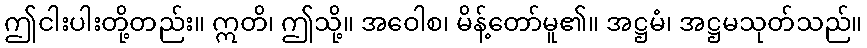
ဤငါးပါးတို့တည်း။ ဣတိ၊ ဤသို့။ အဝေါစ၊ မိန့်တော်မူ၏။ အဋ္ဌမံ၊ အဋ္ဌမသုတ်သည်။